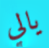
يالي